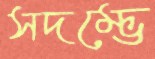
সদম্ভে